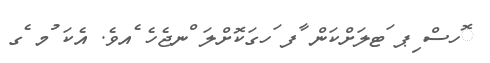
ޮހސް ިޕ ަޓލަށްކަން ާފ ަހގަކޮށްލަ ްނޖެހެ ެއވެ. އެކަ ުމ ެގ